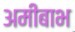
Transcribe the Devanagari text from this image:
अमीबाभ